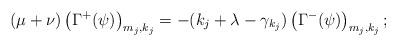
LaTeX: \begin{align*} (\mu + \nu) \left(\Gamma^+ (\psi)\right)_{m_j,k_j} = -(k_j + \lambda - \gamma_{k_j}) \left(\Gamma^- (\psi)\right)_{m_j,k_j}; \end{align*}